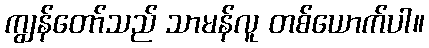
ကျွန်တော်သည် သာမန်လူ တစ်ယောက်ပါ။